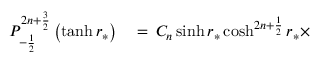
\begin{array} { r l } { P _ { - \frac { 1 } { 2 } } ^ { 2 n + \frac { 3 } { 2 } } \left( \operatorname { t a n h } r _ { * } \right) } & { { } = \, C _ { n } \sinh r _ { * } \cosh ^ { 2 n + \frac { 1 } { 2 } } r _ { * } \times } \end{array}